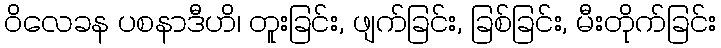
ဝိလေခန ပစနာဒီဟိ၊ တူးခြင်း, ဖျက်ခြင်း, ခြစ်ခြင်း, မီးတိုက်ခြင်း